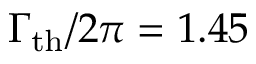
\Gamma _ { \mathrm { t h } } / 2 \pi = 1 . 4 5